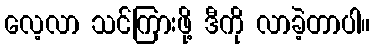
လေ့လာ သင်ကြားဖို့ ဒီကို လာခဲ့တာပါ။